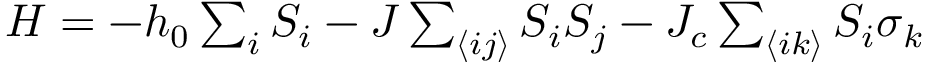
\begin{array} { r } { H = - h _ { 0 } \sum _ { i } S _ { i } - J \sum _ { \langle i j \rangle } S _ { i } S _ { j } - J _ { c } \sum _ { \langle i k \rangle } S _ { i } \sigma _ { k } } \end{array}